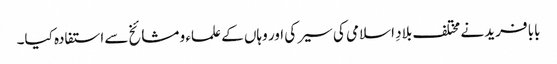
بابا فرید نے مختلف بلادِ اسلامی کی سیر کی اور وہاں کے علماء و مشائخ سے استفادہ کیا۔